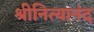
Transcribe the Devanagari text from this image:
श्रीनित्यानंद